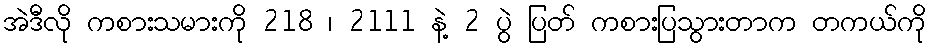
အဲဒီလို ကစားသမားကို 218 ၊ 2111 နဲ့ 2 ပွဲ ပြတ် ကစားပြသွားတာက တကယ်ကို